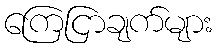
ကြေငြာချက်များ